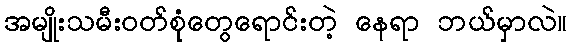
အမျိုးသမီးဝတ်စုံတွေရောင်းတဲ့ နေရာ ဘယ်မှာလဲ။